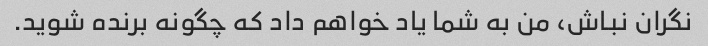
نگران نباش، من به شما یاد خواهم داد که چگونه برنده شوید.